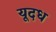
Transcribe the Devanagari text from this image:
यूदध